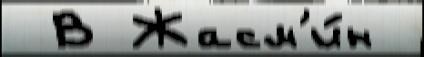
 В Жасм'и́н